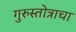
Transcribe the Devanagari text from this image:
गुरुस्तोत्राचा